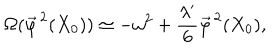
\Omega ( \vec { \varphi } ^ { \, 2 } ( X _ { 0 } ) ) \simeq - \omega ^ { 2 } + \frac { \lambda ^ { \prime } } { 6 } \vec { \varphi } ^ { \, 2 } ( X _ { 0 } ) ,